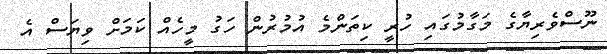
ނޫސްވެރިޔާގެ މަގާމުގައި ހުރީ ކިތަންމެ އުމުރުން ހަގު މީހެއް ކަމަށް ވިޔަސް އެ